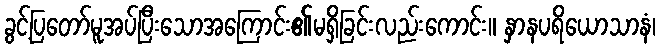
ခွင့်ပြတော်မူအပ်ပြီးသောအကြောင်း၏မရှိခြင်းလည်းကောင်း။ နှာနပရိယောသာနံ၊